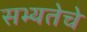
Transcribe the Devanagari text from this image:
सभ्यतेचे